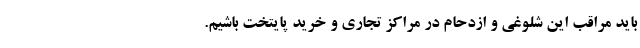
باید مراقب این شلوغی و ازدحام در مراکز تجاری و خرید پایتخت باشیم.